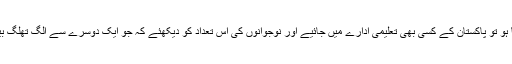
اگر ان چیزوں کا بڑھتا ہوا استعمال دیکھنا ہو تو پاکستان کے کسی بھی تعلیمی ادارے میں جائیے اور نوجوانوں کی اس تعداد کو دیکھئے کہ جو ایک دوسرے سے الگ تھلگ بیٹھی اپنے فون پر مصروف نظر آئے گی۔